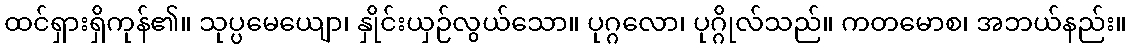
ထင်ရှားရှိကုန်၏။ သုပ္ပမေယျော၊ နှိုင်းယှဉ်လွယ်သော။ ပုဂ္ဂလော၊ ပုဂ္ဂိုလ်သည်။ ကတမောစ၊ အဘယ်နည်း။